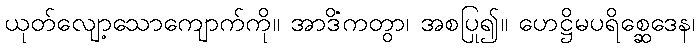
ယုတ်လျော့သောကျောက်ကို။ အာဒိံကတွာ၊ အစပြု၍။ ဟေဋ္ဌိမပရိစ္ဆေဒေန၊